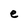
Character: e